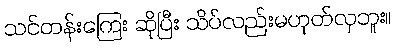
သင်တန်းကြေး ဆိုပြီး သိပ်လည်းမဟုတ်လှဘူး။